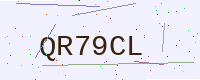
Text: QR79CL